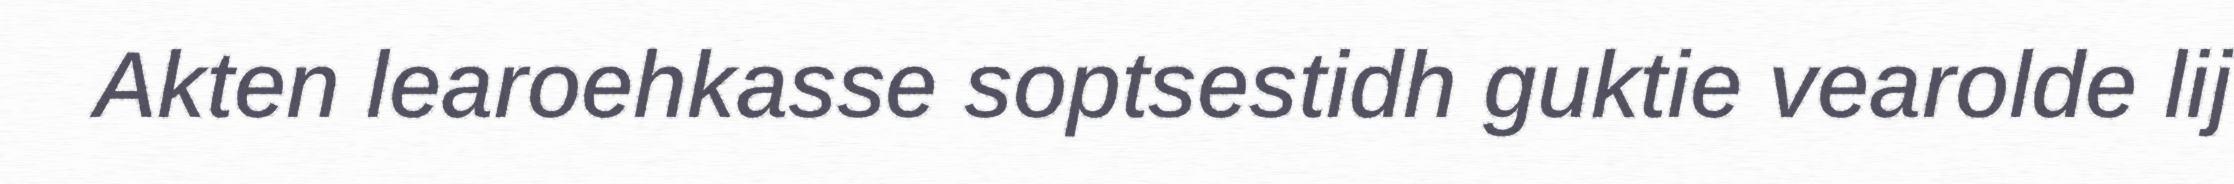
Akten learoehkasse soptsestidh guktie vearolde lij